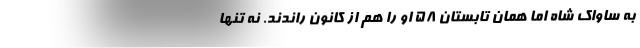
به ساواک شاه اما همان تابستان 58 او را هم از کانون راندند. نه تنها